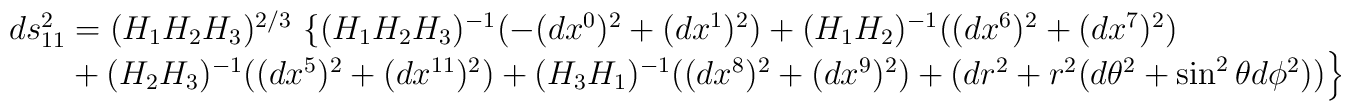
\begin{array}{l} ds^2_{11}= (H_1H_2H_3)^{2/3}\, \left\{            (H_1H_2H_3)^{-1}(- (dx^0)^2 +(dx^1)^2) + (H_1H_2)^{-1}               ((dx^6)^2+ (dx^7)^2)    \right.          \\    \left. ~~~~~     + (H_2H_3)^{-1} ((dx^5)^2+ (dx^{11})^2) +               (H_3H_1)^{-1} ((dx^8)^2+ (dx^9)^2) +  (dr^2+ r^2(d\theta^2 + \sin^2 \theta d\phi^2) ) \right\},\end{array}